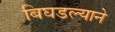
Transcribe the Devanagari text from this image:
बिघडल्याने